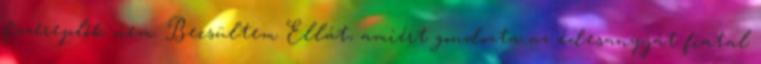
főszereplők nem. Becsültem Ellát, amiért gondozta az édesanyját fiatal